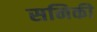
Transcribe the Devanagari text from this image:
सनिकी